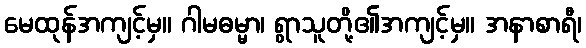
မေထုန်အကျင့်မှ။ ဂါမဓမ္မာ၊ ရွာသူတို့၏အကျင့်မှ။ အနာစာရီ၊